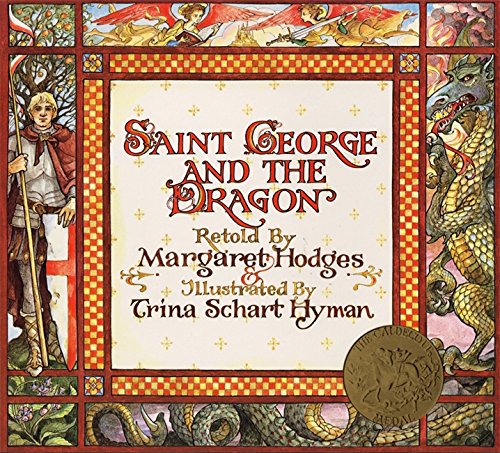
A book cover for Saint George and the Dragon; Margaret Hodges; Children's Books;